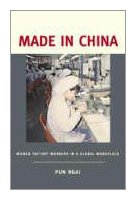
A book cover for Made in China: Women Factory Workers in a Global Workplace; PUN Ngai; Humor & Entertainment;